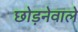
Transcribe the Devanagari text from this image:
छोड़नेवाले